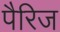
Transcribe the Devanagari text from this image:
पैरिज